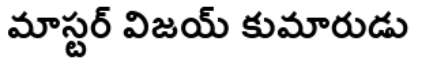
మాస్టర్ విజయ్ కుమారుడు